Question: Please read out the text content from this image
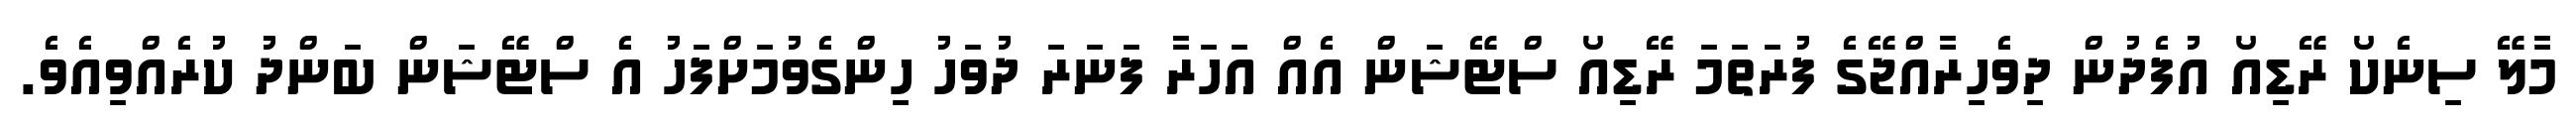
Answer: މާލޭ ސިނެކޯ ރޭޑިއޯ އުފެދުން ދިވެހިރާއްޖޭގެ ފުރަތަމަ ރޭޑިއޯ ސްޓޭޝަން އެއް އަހަރާ ފަނަރަ ދުވަހު ހިންގެވުމަށްފަހު އެ ސްޓޭޝަން ބަންދު ކުރެއްވިއެވެ.